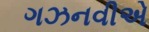
ગઝનવીએ